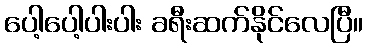
ပေါ့ပေါ့ပါးပါး ခရီးဆက်နိုင်လေပြီ။